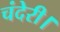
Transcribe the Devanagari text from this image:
चंदेरी।